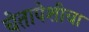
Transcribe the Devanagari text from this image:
चेतापेशीचा